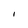
Character: I